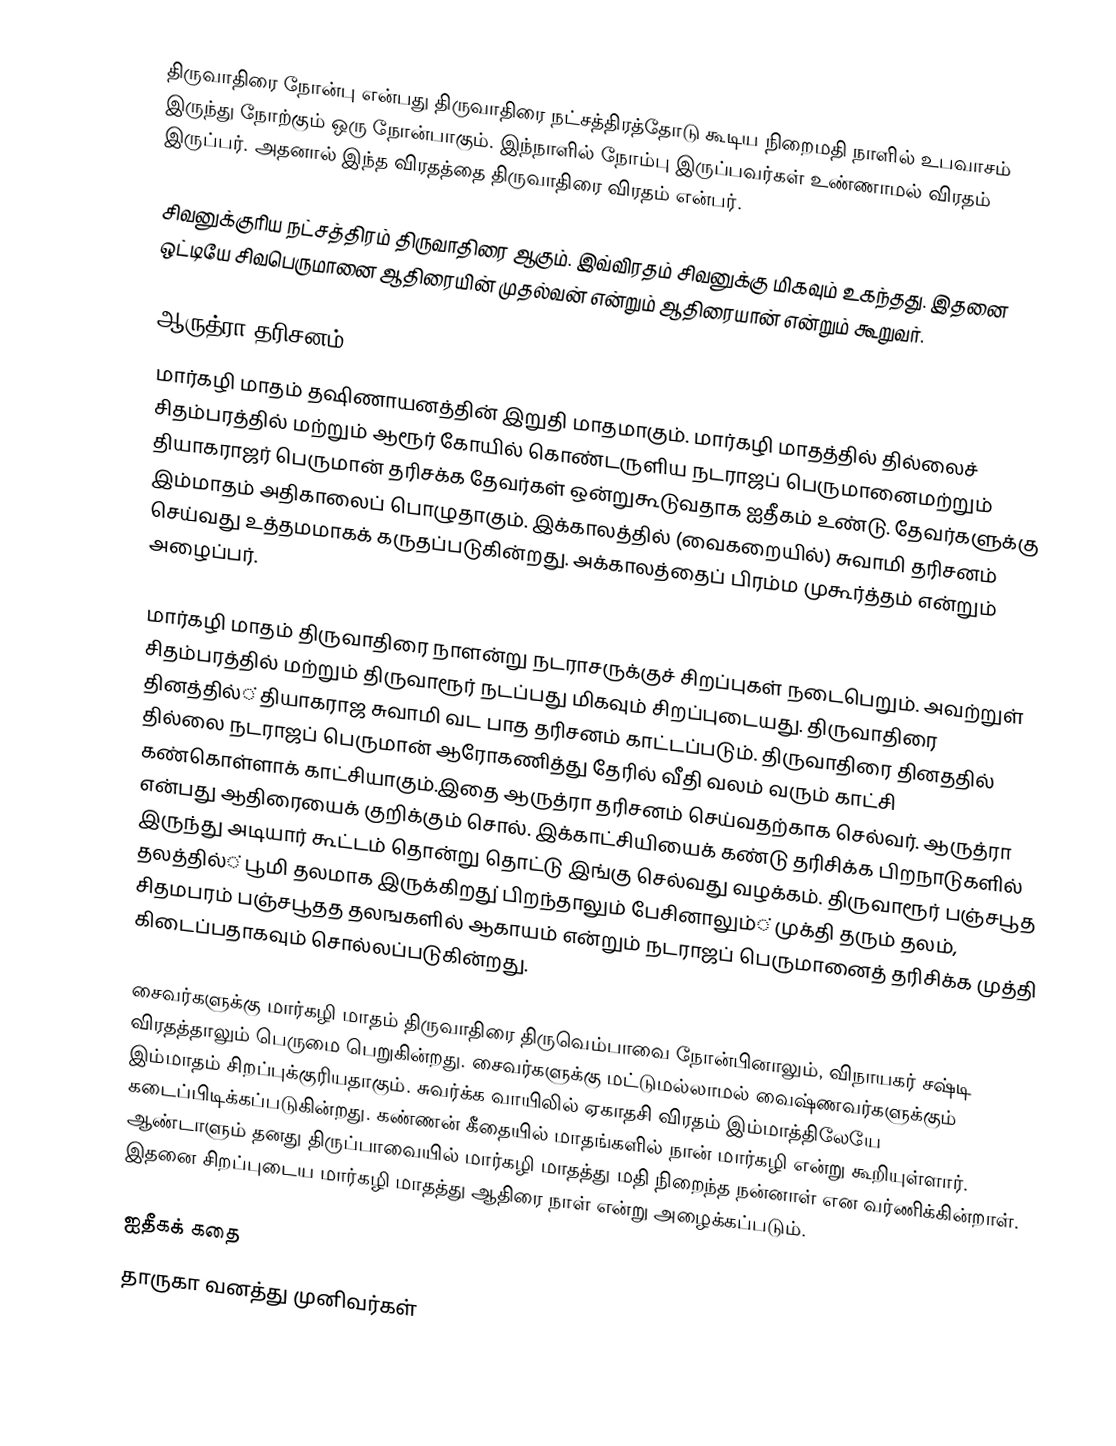
திருவாதிரை நோன்பு என்பது திருவாதிரை நட்சத்திரத்தோடு கூடிய நிறைமதி நாளில் உபவாசம் இருந்து நோற்கும் ஒரு நோன்பாகும்.  இந்நாளில் நோம்பு இருப்பவர்கள் உண்ணாமல் விரதம் இருப்பர். அதனால் இந்த விரதத்தை திருவாதிரை விரதம் என்பர்.

சிவனுக்குரிய நட்சத்திரம் திருவாதிரை ஆகும். இவ்விரதம் சிவனுக்கு மிகவும் உகந்தது. இதனை ஒட்டியே சிவபெருமானை ஆதிரையின் முதல்வன் என்றும் ஆதிரையான் என்றும் கூறுவர்.

ஆருத்ரா தரிசனம்
மார்கழி மாதம் தஷிணாயனத்தின் இறுதி மாதமாகும். மார்கழி மாதத்தில் தில்லைச் சிதம்பரத்தில் மற்றும் ஆரூர் கோயில் கொண்டருளிய நடராஜப் பெருமானைமற்றும் தியாகராஜர் பெருமான் தரிசக்க தேவர்கள் ஒன்றுகூடுவதாக ஐதீகம் உண்டு.  தேவர்களுக்கு இம்மாதம் அதிகாலைப் பொழுதாகும். இக்காலத்தில் (வைகறையில்) சுவாமி தரிசனம் செய்வது உத்தமமாகக் கருதப்படுகின்றது. அக்காலத்தைப் பிரம்ம முகூர்த்தம் என்றும் அழைப்பர்.

மார்கழி மாதம் திருவாதிரை நாளன்று நடராசருக்குச் சிறப்புகள் நடைபெறும். அவற்றுள் சிதம்பரத்தில் மற்றும் திருவாரூர் நடப்பது மிகவும் சிறப்புடையது. திருவாதிரை தினத்தில்் தியாகராஜ சுவாமி வட பாத தரிசனம் காட்டப்படும். திருவாதிரை தினததில் தில்லை நடராஜப் பெருமான் ஆரோகணித்து தேரில் வீதி வலம் வரும் காட்சி கண்கொள்ளாக் காட்சியாகும்.இதை ஆருத்ரா தரிசனம் செய்வதற்காக செல்வர். ஆருத்ரா என்பது ஆதிரையைக் குறிக்கும் சொல். இக்காட்சியியைக் கண்டு தரிசிக்க பிறநாடுகளில் இருந்து அடியார் கூட்டம் தொன்று தொட்டு இங்கு செல்வது வழக்கம்.  திருவாரூர்  பஞ்சபூத  தலத்தில்் பூமி தலமாக இருக்கிறது் பிறந்தாலும் பேசினாலும்் முக்தி தரும் தலம், சிதமபரம் பஞ்சபூதத தலஙகளில் ஆகாயம் என்றும் நடராஜப் பெருமானைத் தரிசிக்க முத்தி கிடைப்பதாகவும் சொல்லப்படுகின்றது.

சைவர்களுக்கு மார்கழி மாதம் திருவாதிரை திருவெம்பாவை நோன்பினாலும், விநாயகர் சஷ்டி விரதத்தாலும் பெருமை பெறுகின்றது. சைவர்களுக்கு மட்டுமல்லாமல் வைஷ்ணவர்களுக்கும் இம்மாதம் சிறப்புக்குரியதாகும். சுவர்க்க வாயிலில் ஏகாதசி விரதம் இம்மாத்திலேயே கடைப்பிடிக்கப்படுகின்றது. கண்ணன் கீதையில் மாதங்களில் நான் மார்கழி என்று கூறியுள்ளார். ஆண்டாளும் தனது திருப்பாவையில் மார்கழி மாதத்து மதி நிறைந்த நன்னாள் என வர்ணிக்கின்றாள். இதனை சிறப்புடைய மார்கழி மாதத்து ஆதிரை நாள் என்று அழைக்கப்படும்.

ஐதீகக் கதை
தாருகா வனத்து முனிவர்கள்